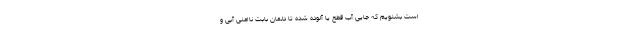
است بشنویم که جایی آب قطع یا آلوده شده تا دلمان بابت ناامنیِ آبی و